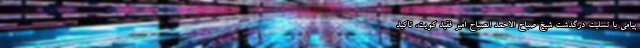
پیامی با تسلیت درگذشت شیخ صباح الاحمد الصباح امیر فقید کویت، تاکید